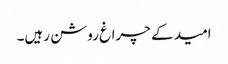
امید کے چراغ روشن رہیں۔